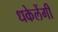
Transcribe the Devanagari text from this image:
धकेलेंगी